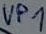
Text: VP1